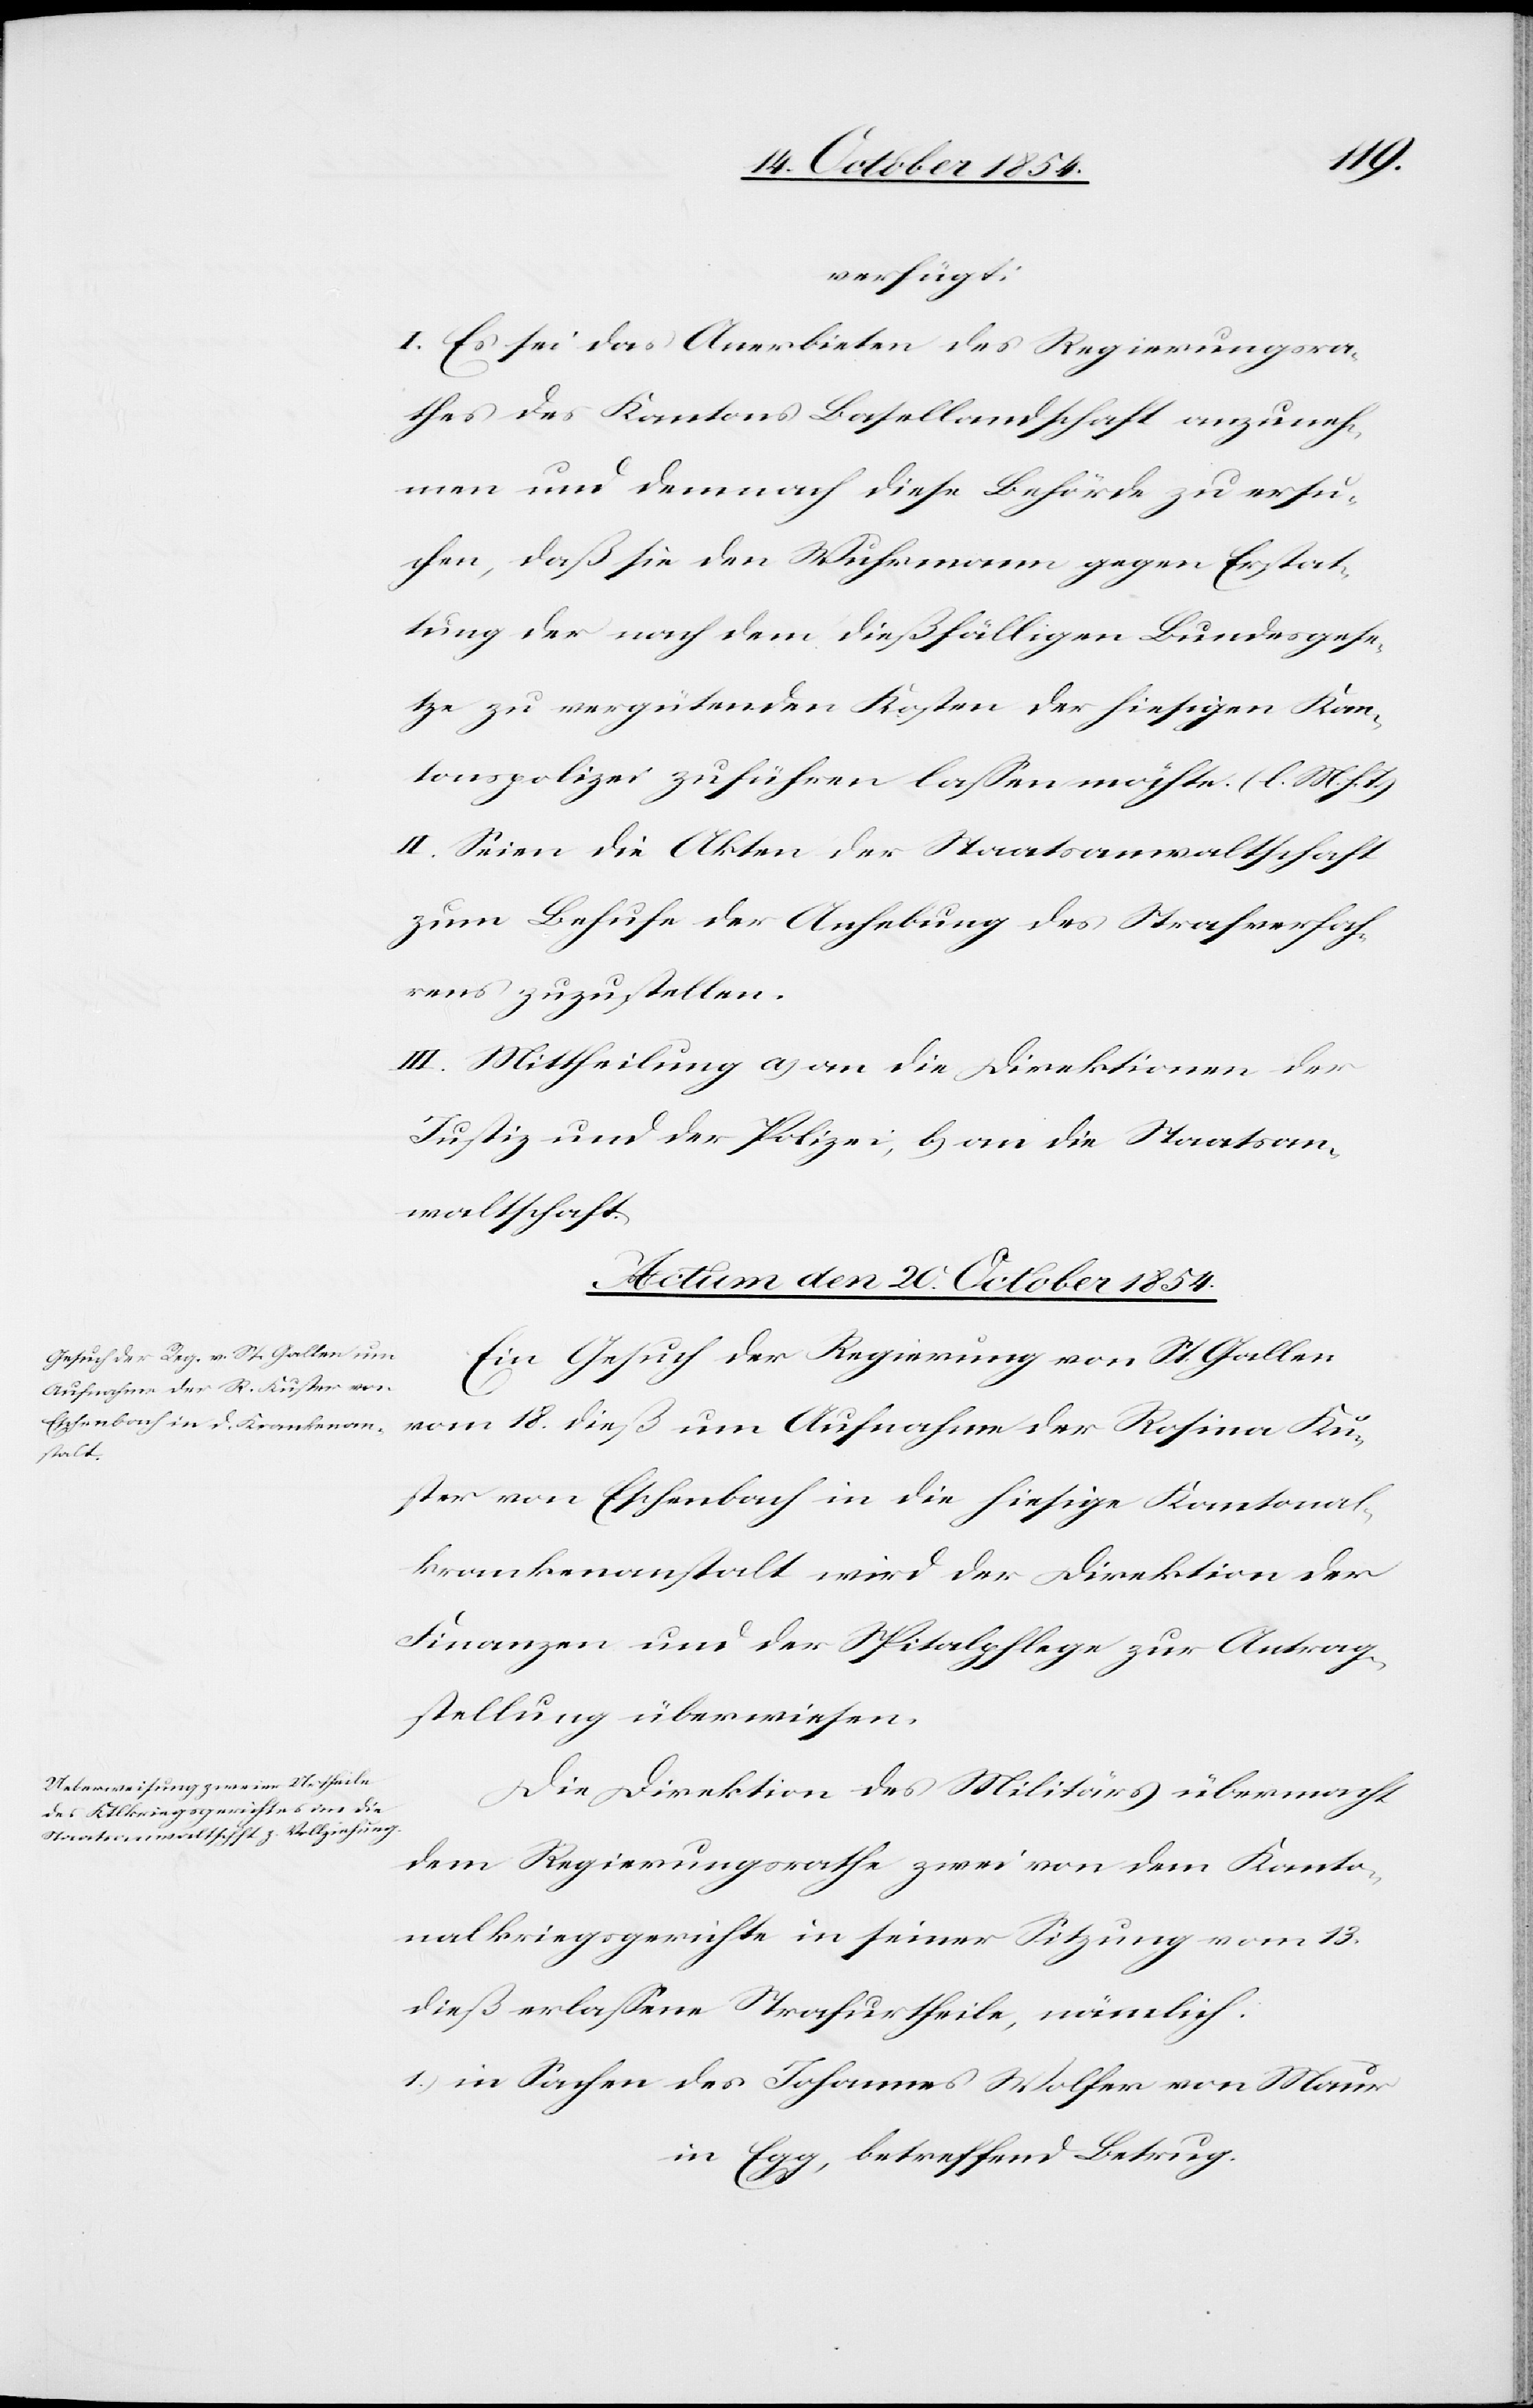
18.
verfügt:
I. Es sei das Anerbieten des Regierungsra¬
thes des Kantons Basellandschaft anzuneh¬
men und demnach diese Behörde zu ersu¬
chen, daß sie den Wuhrmann gegen Erstat¬
tung der nach dem dießfälligen Bundesgese¬
tze zu vergütenden Kosten der hiesigen Kan¬
tonspolizei zuführen laßen möchte. (l. M. h. T.)
II. Seien die Akten der Staatsanwaltschaft
zum Behufe der Anhebung des Strafverfah¬
rens zuzustellen.
III. Mittheilung a) an die Direktionen der
Justiz und der Polizei, b) an die Staatsan¬
waltschaft.
Actum den 20. October 1854.]
Ein Gesuch der Regierung von St. Gallen
Kuster von Eschenbach in die hiesige Kantonal¬
krankenanstalt wird der Direktion der
Finanzen und der Spitalpflege zur Antrag¬
stellung überwiesen.
Die Direktion des Militärs übermacht
dem Regierungsrathe zwei von dem Kanto¬
nalkriegsgerichte in seiner Sitzung vom 13.
dieß erlaßene Strafurtheile, nämlich:
1.) in Sachen des Johannes Wolfer von Maur
in Egg, betreffend Betrug.